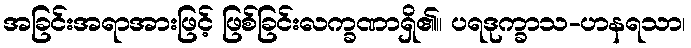
အခြင်းအရာအားဖြင့် ဖြစ်ခြင်းလက္ခဏာရှိ၏။ ပရဒုက္ခာသ-ဟနရသာ၊